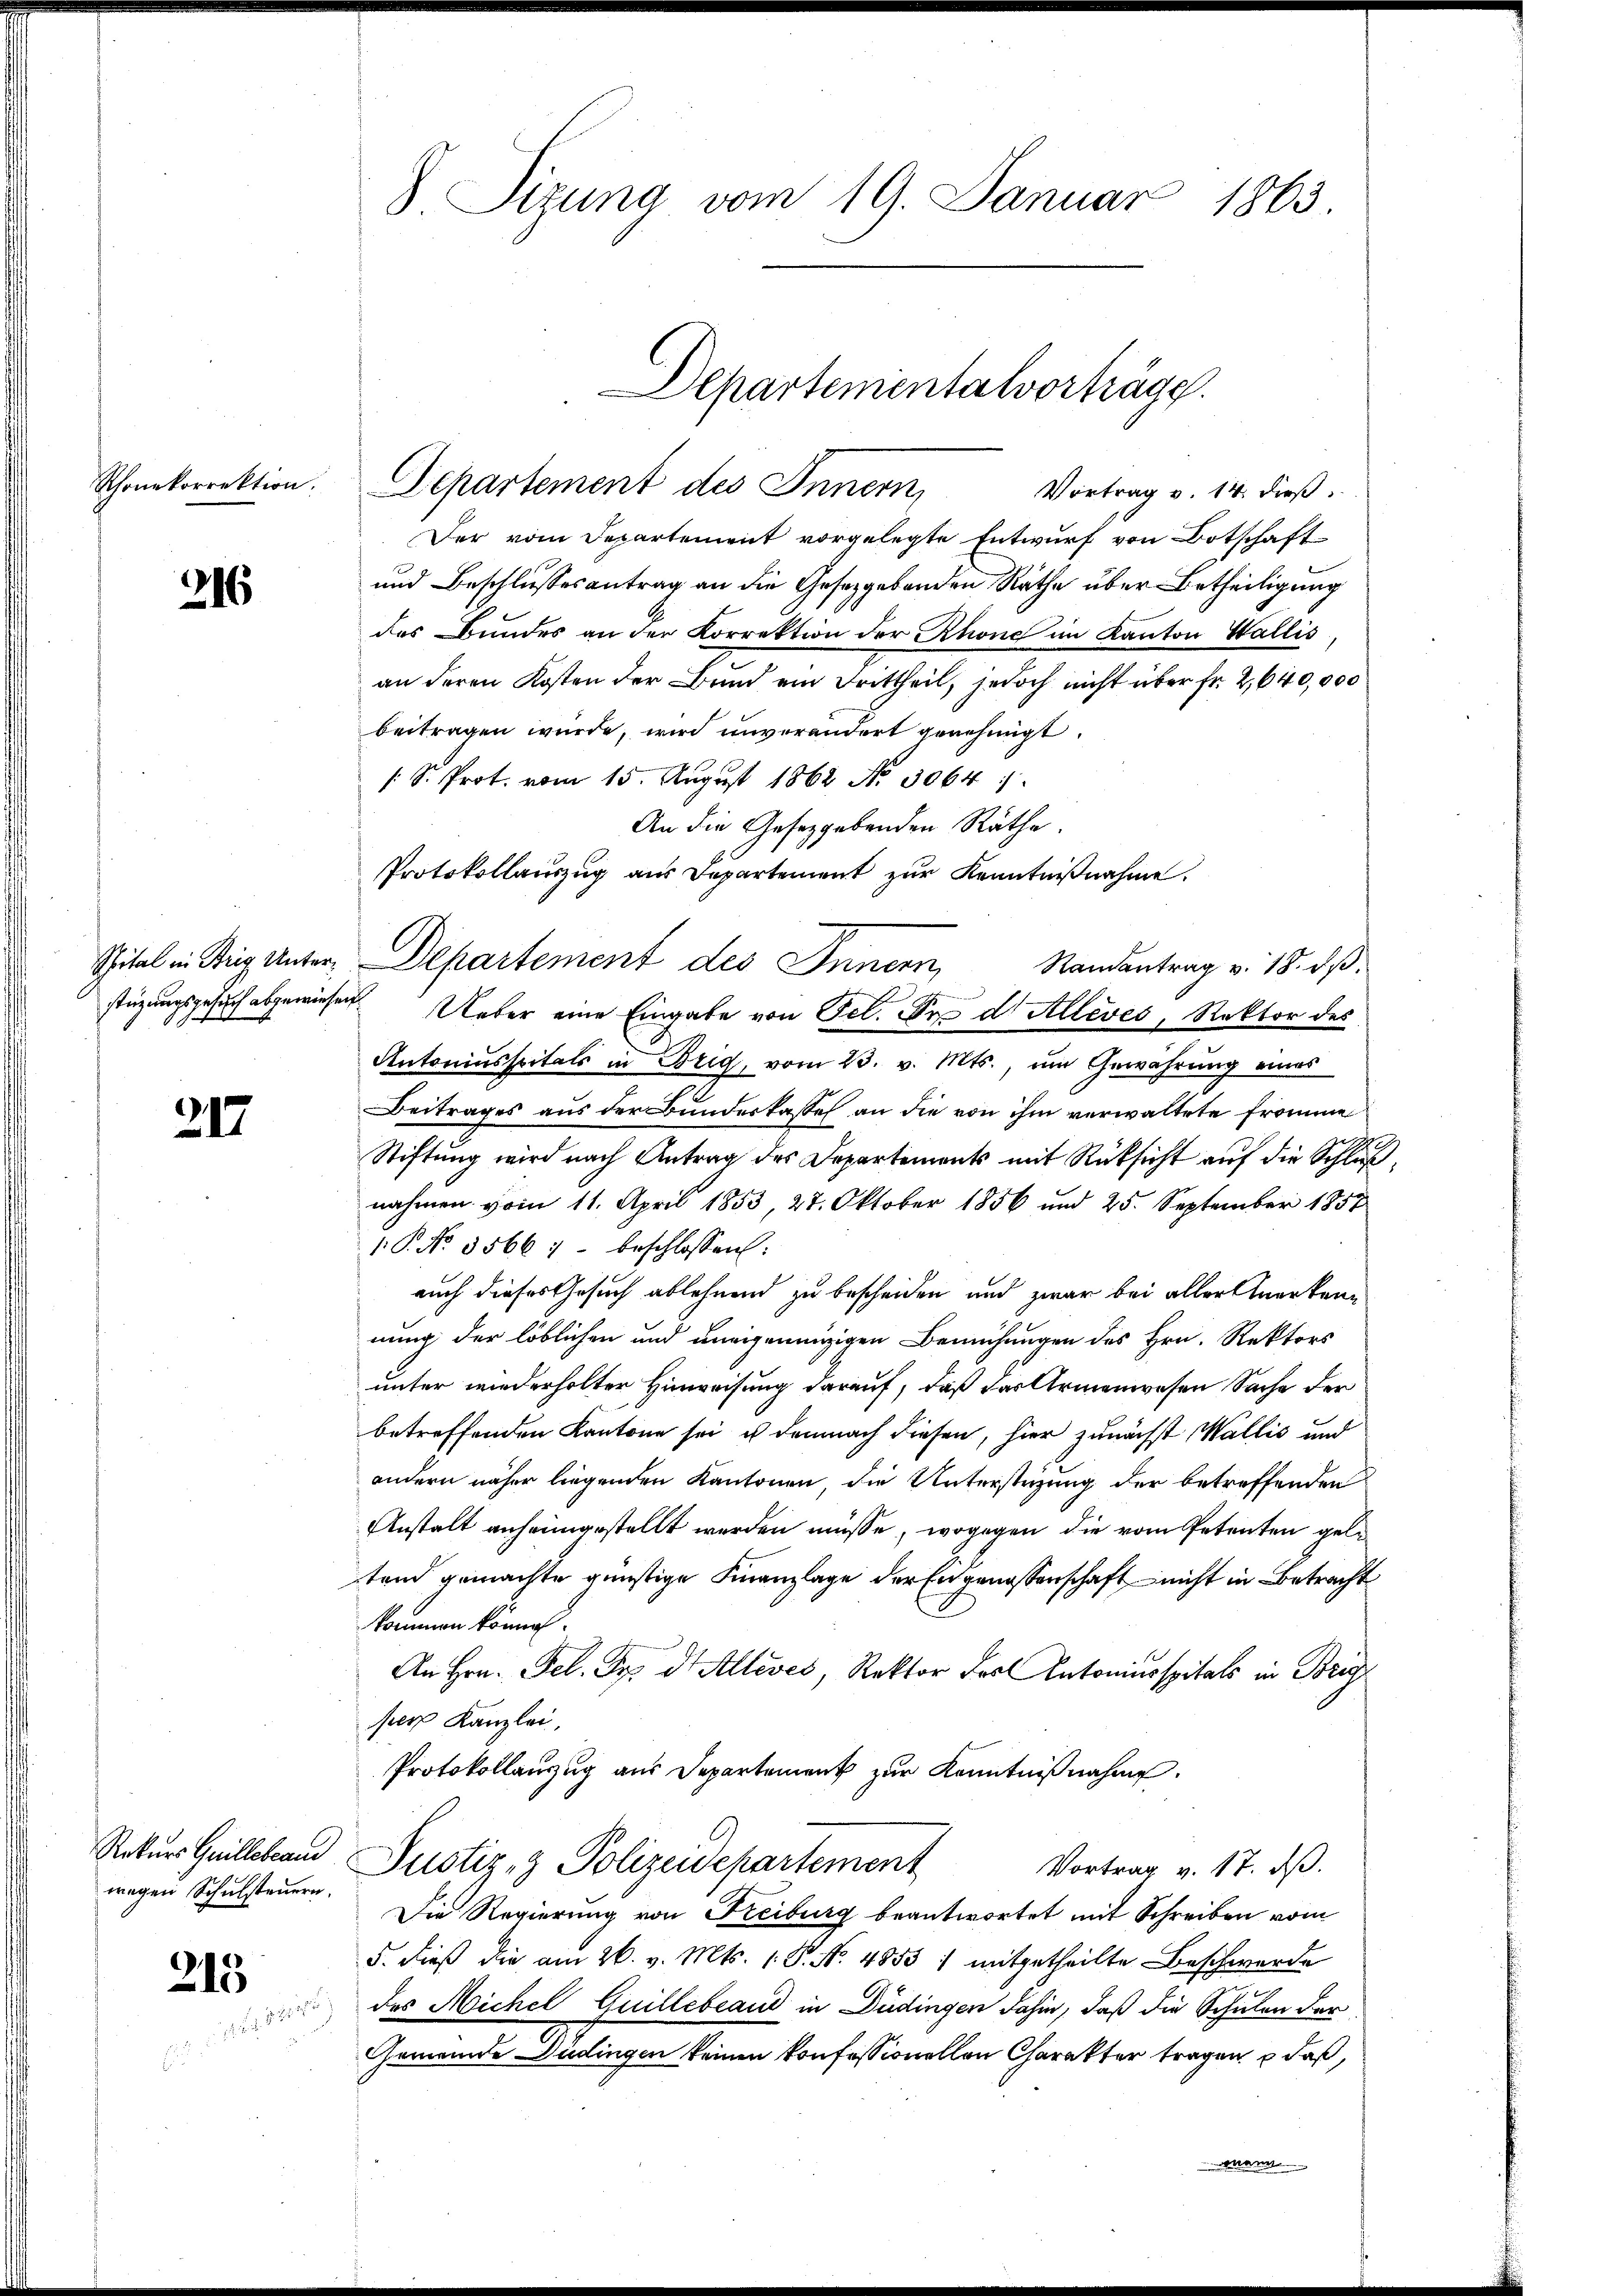
Schonekorrektion.

216

stüzungsgesuch abgewiesent.

217

Rekurs Grillebrau
wegen Schulsteuern.

215

d. Sizung vom 19. Januar 1863.

Departementalvorträge.
Departement des Innern,
Vortrag v. 14. dieß

Der vom Departement vorgelegte Entwurf von Botschaft¬
und Beschlussesantrag an die Gesetzgebenden Rathe über Betheiligung
des Bundes an der Korrektion der Rhone im Kanton Wallis
an deren Kosten der Bund ein Frittheil, jedoch nicht über fr. 2640,000
beitragen würde, wird unverändert genehmigt.
/S. Prot. vom 15. August 1862 No. 5064
An die Gesetzgebenden Räthe.
Protokollauszug aus Departement zŭr Kenntniβnahme.
Spital in Teig unter, Departement des Innern, Randantrag v. 18. ds.
h
Ueber eine Eingabe von Fel. Er d. Alléves, Rektor des
Antoniusspitals in Brig, vom 23. v. Mts., um Gewährung eines
Beitrages aus der Bundeskassel an die von ihm verwaltete Fromme
d
Stiftung wird nach Antrag des Departements mit Rücksicht auf die Schlußnahmen vom 11. April 1853, 27. Oktober 1856 und 25. September 1857
1.P. No 85667 - beschlossen:
auch dieses Gesuch ablehnend zu bescheiden und zwar bei aller Anerkenn
nung der löblichen und uneigennüzigen Bemühungen des Hrn. Rektors
unter wiederholter Hinweisung darauf, daß das Armenwesen Sache der
betreffenden Kantone sei u demnach diesen, hier zunächst Wallis und
andern näher liegenden Kantonen, die Unterstützung der betreffenden
Anstalt anheimgestellt werden müsse, wogegen die vom Petenten geltend gemachte günstige Finanzlage der Engenossenschaft nicht in Betracht
kommen könne.
An Hrn. Fel. Dr. d. Allevés, Rektor des Antoniusspitals in Brig
per Kanzlei,
Protokollanzug aus Departement zur Kenntnißnahme.
Justiz- & Polizeidepartement
Vortrag v. 17. ds.
Die Regierung von Freiburg beantwortet mit Schreiben vom
5. dieß die am 26. v. Mts. 1. P. Nr. 4853 1 mitgetheilte Beschwerde
des Michel Guillebrand in Düdingen dahin, daß die Schulen der
Gemeinde Judingen keinen konfessionellen Charakter tragen u daß,

Mann